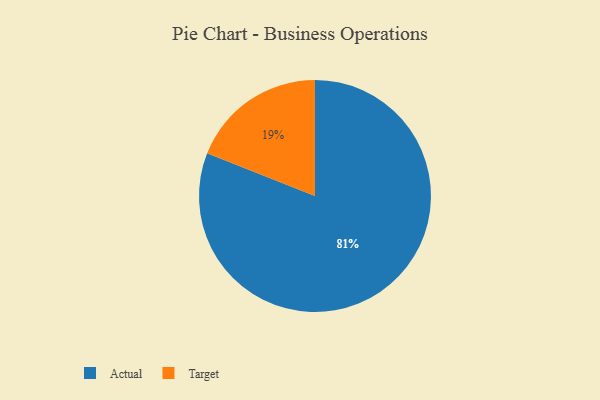
{"axis": {"x": "Category", "y": "Percentage"}, "legend": ["Actual", "Target"], "data": [{"x": "Target", "y": 19, "type": "Target"}, {"x": "Actual", "y": 81, "type": "Actual"}]}